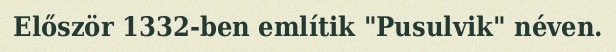
Először 1332-ben említik "Pusulvik" néven.